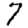
Digit: 7